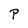
Character: P